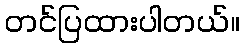
တင်ပြထားပါတယ်။